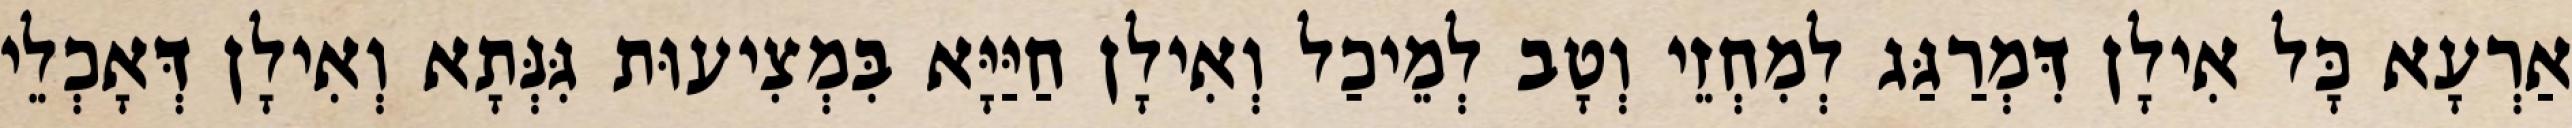
אַרְעָא כָּל אִילָן דִּמְרַגַּג לְמִחְזֵי וְטָב לְמֵיכַל וְאִילָן חַיַּיָּא בִּמְצִיעוּת גִּנְּתָא וְאִילָן דְּאָכְלֵי